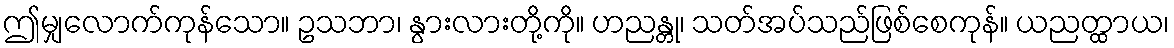
ဤမျှလောက်ကုန်သော။ ဥသဘာ၊ နွားလားတို့ကို။ ဟညန္တု၊ သတ်အပ်သည်ဖြစ်စေကုန်။ ယညတ္ထာယ၊